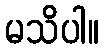
မသိပါ။